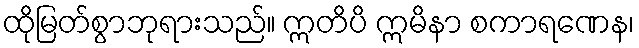
ထိုမြတ်စွာဘုရားသည်။ ဣတိပိ ဣမိနာ စကာရဏေန၊